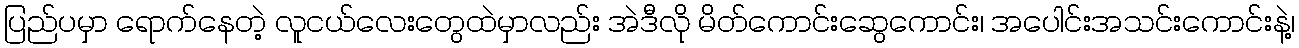
ပြည်ပမှာ ရောက်နေတဲ့ လူငယ်လေးတွေထဲမှာလည်း အဲဒီလို မိတ်ကောင်းဆွေကောင်း၊ အပေါင်းအသင်းကောင်းနဲ့၊